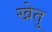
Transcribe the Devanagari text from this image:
खेतु